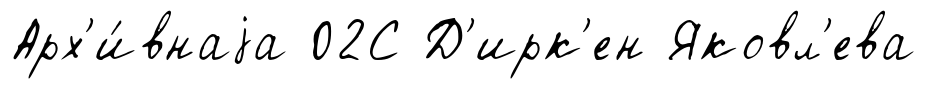
Арх'и́внаjа 02С Д'ирк'ен Яковл'ева